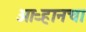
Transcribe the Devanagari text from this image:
ओऱ्हानचा